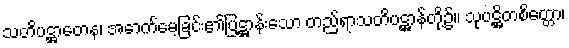
သတိပဋ္ဌာတေန၊ အောက်မေ့ခြင်း၏ပြဋ္ဌာန်းသော တည်ရာသတိပဋ္ဌာန်တို့၌။ သုပဋ္ဌိတစိတ္တော၊